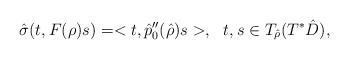
\begin{align*}\hat\sigma(t,F(\rho)s)=<t,\hat p_0''(\hat\rho)s>,\ \ t, s\in T_{\hat\rho}(T^*\hat D),\end{align*}